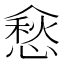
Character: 𰂵